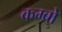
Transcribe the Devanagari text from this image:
कम्बो